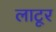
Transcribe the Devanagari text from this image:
लाटूर